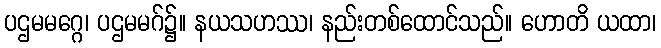
ပဌမမဂ္ဂေ၊ ပဌမမဂ်၌။ နယသဟဿ၊ နည်းတစ်ထောင်သည်။ ဟောတိ ယထာ၊